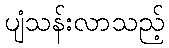
ပျံသန်းလာသည့်